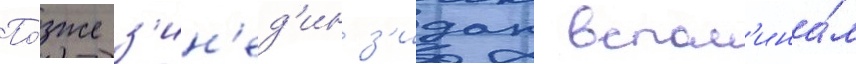
По́зже з'ин'ед'ин з'идан вспом'ина́л